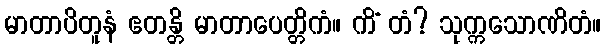
မာတာပိတူနံ ဧတန္တိ မာတာပေတ္တိကံ။ ကိံ တံ? သုက္ကသောဏိတံ။